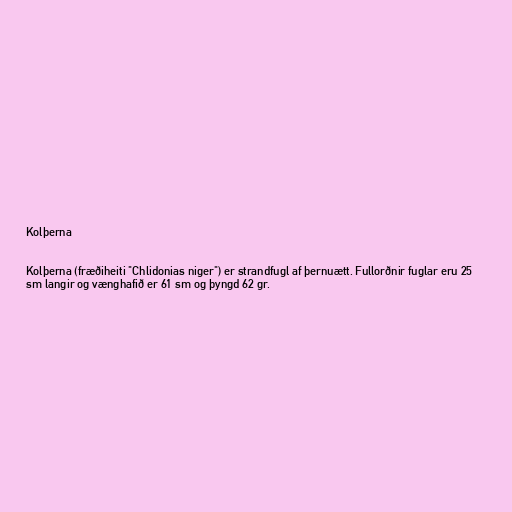
Kolþerna

Kolþerna (fræðiheiti "Chlidonias niger") er strandfugl af þernuætt. Fullorðnir fuglar eru 25
sm langir og vænghafið er 61 sm og þyngd 62 gr.